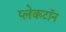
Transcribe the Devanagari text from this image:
प्लेकटॉन